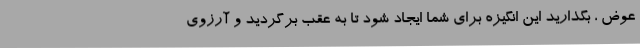
عوض ، بگذارید این انگیزه برای شما ایجاد شود تا به عقب برگردید و آرزوی